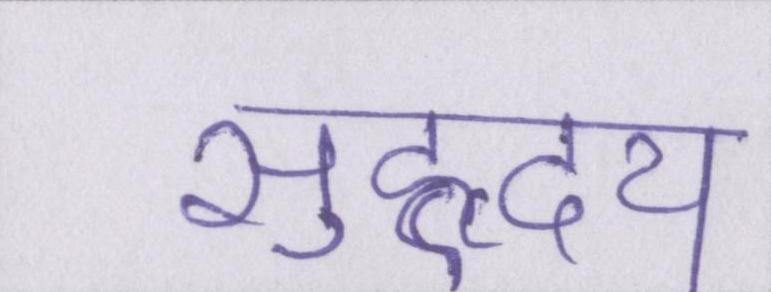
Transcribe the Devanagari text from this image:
सुहृदय